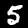
Digit: 5